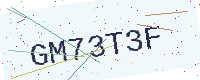
Text: GM73T3F